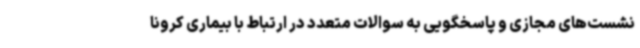
نشست‌های مجازی و پاسخگویی به سوالات متعدد در ارتباط با بیماری کرونا